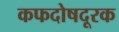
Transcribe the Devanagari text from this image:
कफदोषदूरक